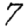
Digit: 7